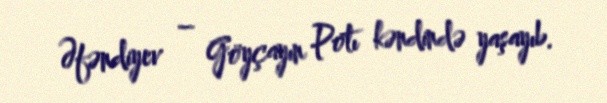
Əfəndiyev – Göyçayın Potı kəndində yaşayıb.